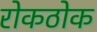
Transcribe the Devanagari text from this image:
रोकठोक